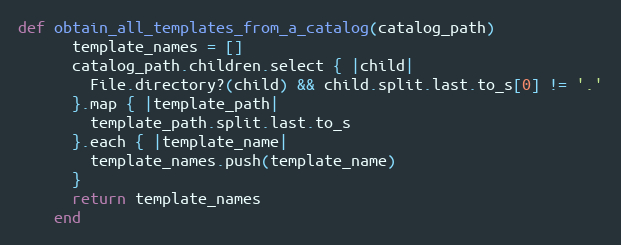
Language: Ruby
def obtain_all_templates_from_a_catalog(catalog_path)
      template_names = []
      catalog_path.children.select { |child|
        File.directory?(child) && child.split.last.to_s[0] != '.'
      }.map { |template_path|
        template_path.split.last.to_s
      }.each { |template_name|
        template_names.push(template_name)
      }
      return template_names
    end